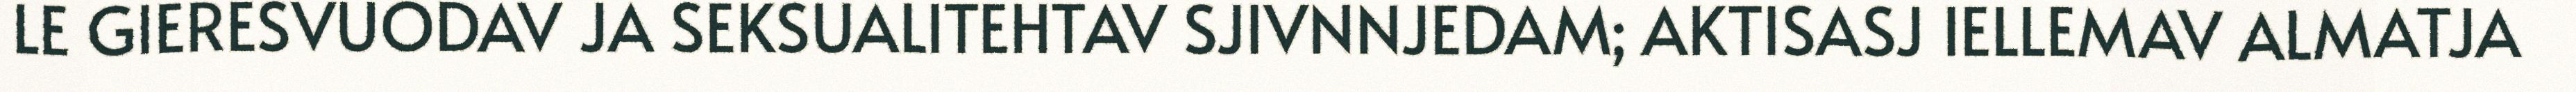
LE GIERESVUODAV JA SEKSUALITEHTAV SJIVNNJEDAM; AKTISASJ IELLEMAV ALMATJA